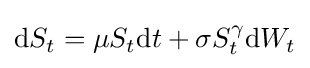
\mathrm {d} S_{t}=\mu S_{t}\mathrm {d} t+\sigma S_{t}^{\gamma }\mathrm {d} W_{t}